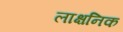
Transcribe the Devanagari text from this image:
लाक्षनिक